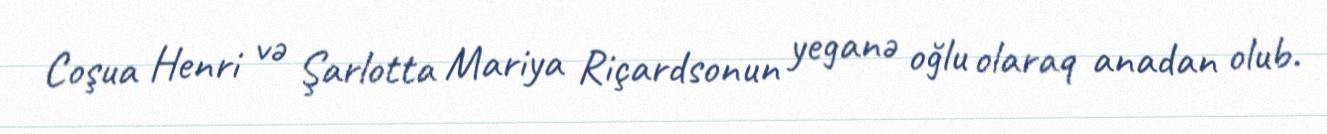
Coşua Henri və Şarlotta Mariya Riçardsonun yeganə oğlu olaraq anadan olub.